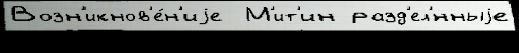
Возн'икнов'е́н'иjе  М'ит'ин разд'ел'́нныjе